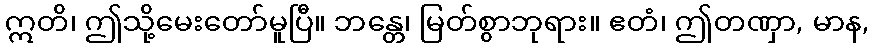
ဣတိ၊ ဤသို့မေးတော်မူပြီ။ ဘန္တေ၊ မြတ်စွာဘုရား။ ဧတံ၊ ဤတဏှာ, မာန,